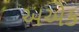
અએક